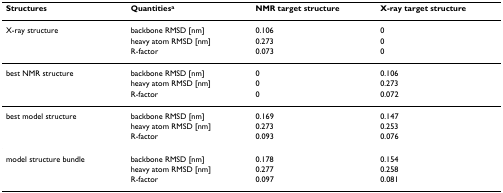
| Structures | Quantitiesa | NMR target structure | X-ray target structure |
 | --- | --- | --- | --- |
 | X-ray structure | backbone RMSD [nm] | 0.106 | 0 |
 |  | heavy atom RMSD [nm] | 0.273 | 0 |
 |  | R-factor | 0.073 | 0 |
 | best NMR structure | backbone RMSD [nm] | 0 | 0.106 |
 |  | heavy atom RMSD [nm] | 0 | 0.273 |
 |  | R-factor | 0 | 0.072 |
 | best model structure | backbone RMSD [nm] | 0.169 | 0.147 |
 |  | heavy atom RMSD [nm] | 0.273 | 0.253 |
 |  | R-factor | 0.093 | 0.076 |
 | model structure bundle | backbone RMSD [nm] | 0.178 | 0.154 |
 |  | heavy atom RMSD [nm] | 0.277 | 0.258 |
 |  | R-factor | 0.097 | 0.081 |